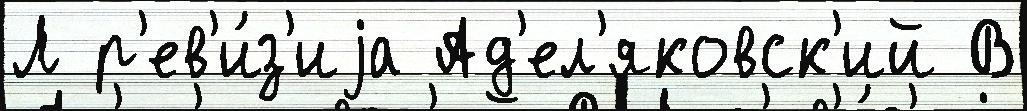
Л р'ев'и́з'иjа Ад'ел'яковск'ий В